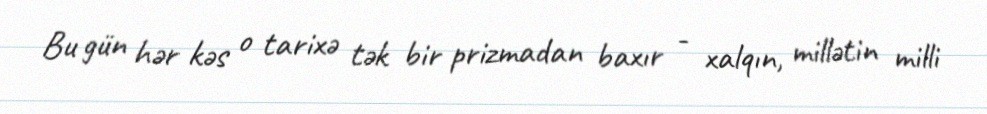
Bu gün hər kəs o tarixə tək bir prizmadan baxır - xalqın, millətin milli